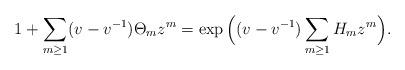
LaTeX: \begin{align*}1+ \sum_{m\geq 1} (v-v^{-1})\Theta_{m} z^m = \exp\Big( (v-v^{-1}) \sum_{m\ge 1} H_m z^m \Big).\end{align*}